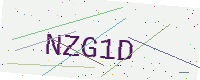
Text: NZG1D